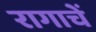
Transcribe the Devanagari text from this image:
रागाचें